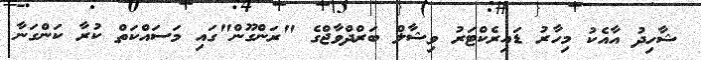
ޝާހިދު އާއެކު މިހާރު ޑައިރެކްޓަރު ވިޝާލް ބަރްދްވާޖްގެ "ރަންގޫން"ގައި މަސައްކަތް ކުރާ ކަންގަނާ